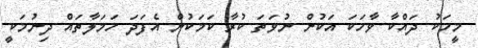
މީހަކު ދައްކާ ވާހަކަ އަކުން ނުވަތަ ކުރާ ކަމަކުން އެފަދަ ހަމަލާތައް ދިނުމަކީ